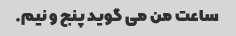
ساعت من می گوید پنج و نیم.